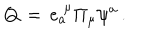
Q \, = \, e _ { a } ^ { \; \mu } \Pi _ { \mu } \psi ^ { a } \, .